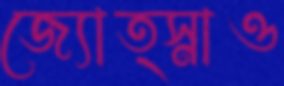
জ্যোত্স্নাও